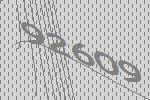
92609